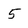
Character: 5